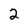
Character: 2